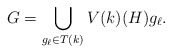
\begin{align*}G = \bigcup_{g_\ell \in T(k)} V(k)(H) g_\ell.\end{align*}